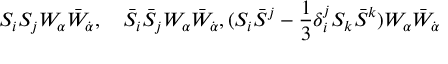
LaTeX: S _ { i } S _ { j } W _ { \alpha } \bar { W } _ { \dot { \alpha } } , \quad \bar { S } _ { i } \bar { S } _ { j } W _ { \alpha } \bar { W } _ { \dot { \alpha } } , ( S _ { i } \bar { S } ^ { j } - { \frac { 1 } { 3 } } \delta _ { i } ^ { j } S _ { k } \bar { S } ^ { k } ) W _ { \alpha } \bar { W } _ { \dot { \alpha } }